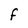
Character: F